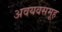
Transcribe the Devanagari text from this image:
अवयवसमूह